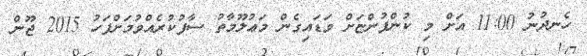
ހެނދުނު 11:00 އަށް މި ކުންފުންޏަށް ވަޑައިގެން މަޢުލޫމާތު ސާފުކުރެއްވުމަށްފަހު 2015 ޖޫން